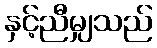
နှင့်ညီမျှသည်